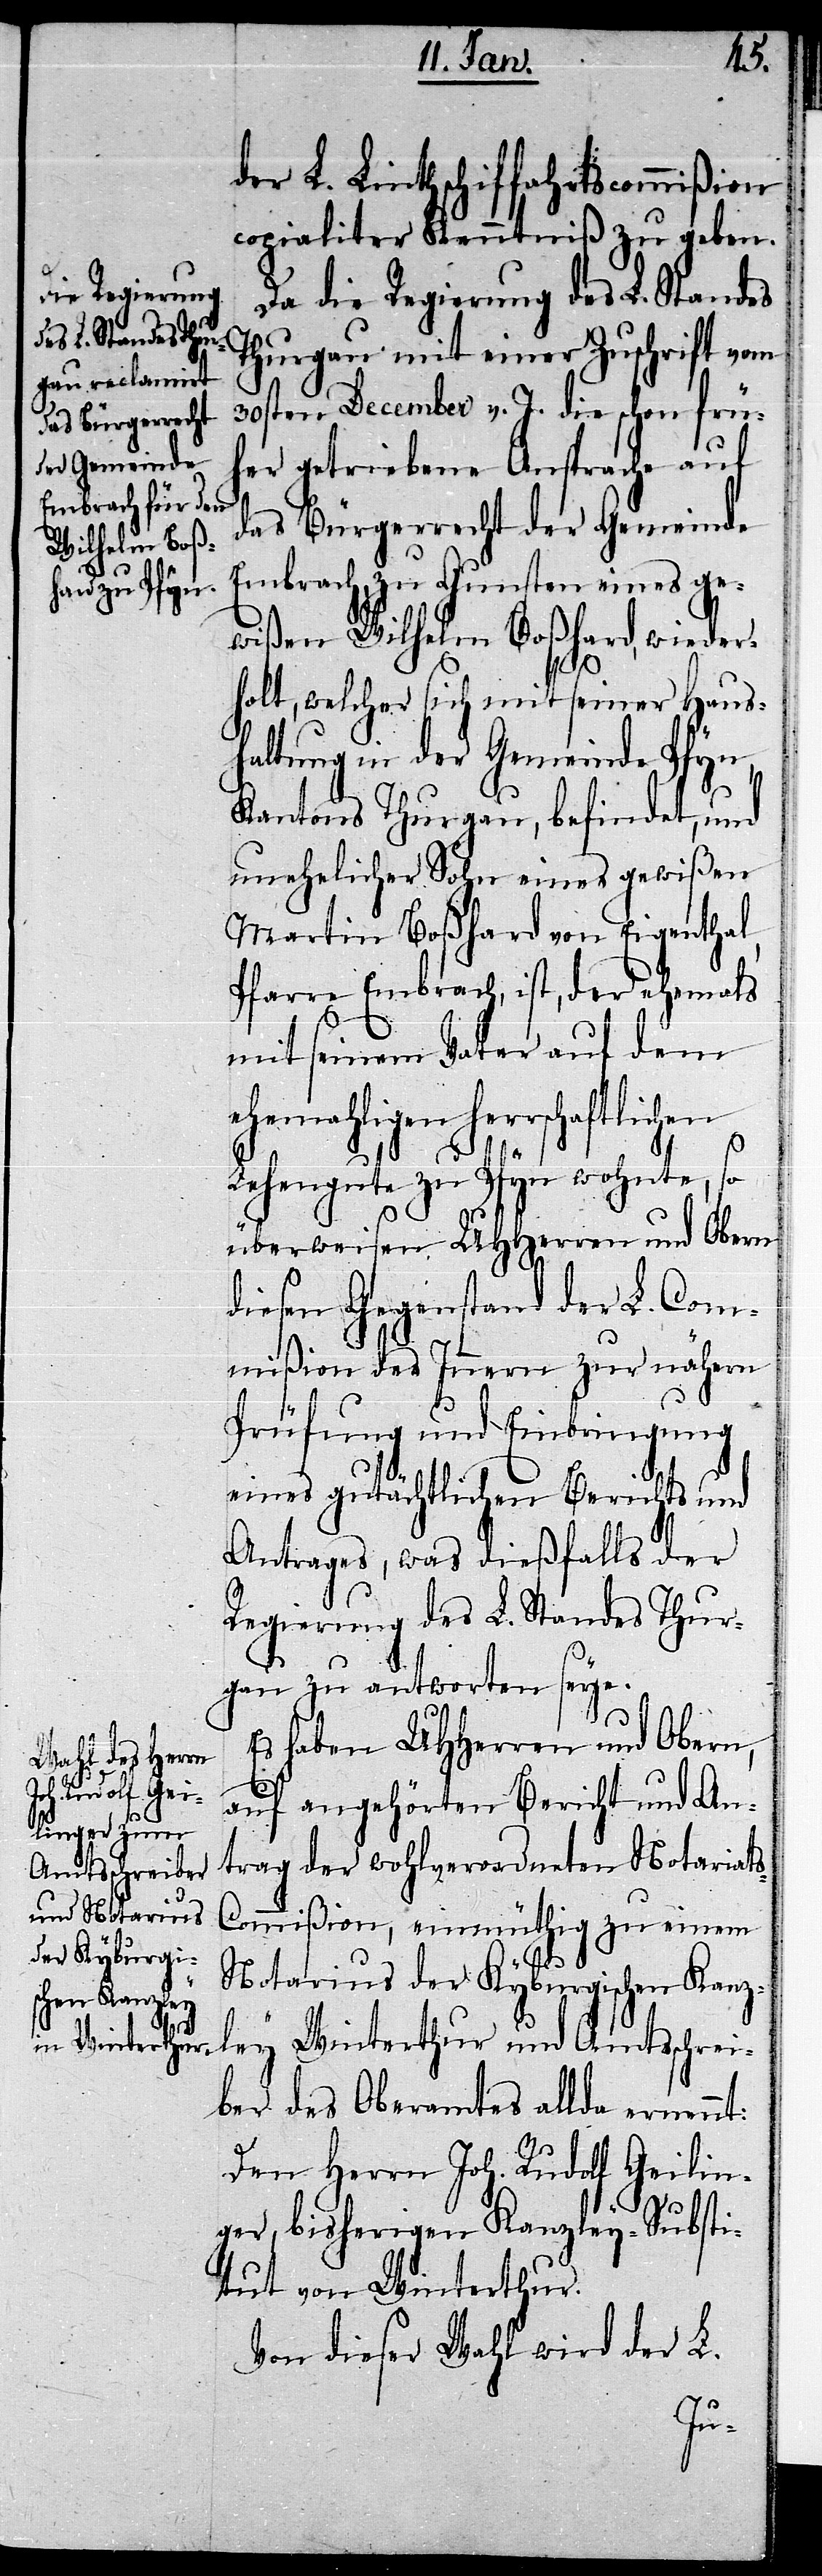
der L. Linthschiffahrtscommißion
copialiter Kenntniß zu geben.
Da die Regierung des L. Standes
Thurgau mit einer Zuschrift vom
30sten December v. J. die schon frü¬
her getriebene Ansprache auf
das Bürgerrecht der Gemeinde
Embrach, zu Gunsten eines ge¬
wißen Wilhelm Boßhard, wieder¬
holt, welcher sich mit seiner Haus¬
haltung in der Gemeinde Pfyn,
Kantons Thurgau, befindet, und
unehelicher Sohn eines gewißen
Martin Boßhard von Eigenthal,
Pfarre Embrach, ist, der ehemals
mit seinem Vater auf dem
herrschaftlichen
Lehengute zu Pfyn wohnte, so
überweisen UHHerren und Obern
diesen Gegenstand der L. Com¬
mißion des Innern zur nähern
Prüfung und Einbringung
eines gutächtlichen Berichts und
Antrages, was dießfalls der
Regierung des L. Standes Thur¬
gau zu antworten seye.
Es haben UHHerren und Obern,
auf angehörten Bericht und An¬
trag der wohlverordneten Notariat¬
s-Commißion, einmüthig zu einem
Notarius der Kyburgischen Kanz¬
ley Winterthur und Amtsschrei¬
ber des Oberamtes allda ernennt:
Den Herrn Joh. Rudolf Geilin¬
ger, bisherigen Kanzley-Substi¬
tut von Winterthur.
Von dieser Wahl wird der L.